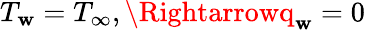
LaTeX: T_{\mathbf{w}}=T_{\infty},\Rightarrowq_{\mathbf{w}}=0